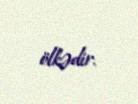
ölkədir.